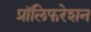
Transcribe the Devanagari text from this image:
प्रॉलिफरेशन